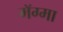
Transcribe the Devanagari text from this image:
मॅग्मा